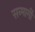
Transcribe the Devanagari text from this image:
सन्मार्गी